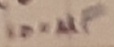
Text: 100µF